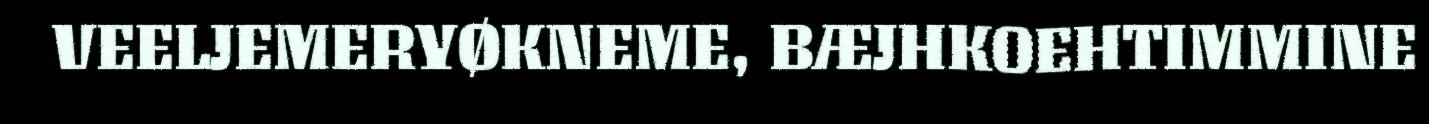
VEELJEMERYØKNEME, BÆJHKOEHTIMMINE